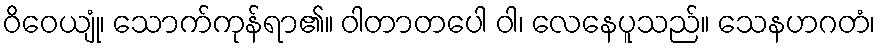
ဝိဝေယျုံ၊ သောက်ကုန်ရာ၏။ ဝါတာတပေါ ဝါ၊ လေနေပူသည်။ သေနဟဂတံ၊